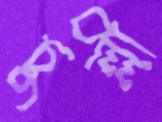
চুল্লী